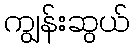
ကျွန်းဆွယ်